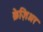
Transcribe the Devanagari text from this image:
क्रेज़िअर